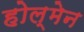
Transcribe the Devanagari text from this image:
होल्मेन